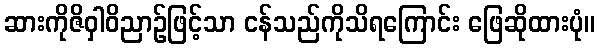
ဆားကိုဇိဝှါဝိညာဉ်ဖြင့်သာ ငန်သည်ကိုသိရကြောင်း ဖြေဆိုထားပုံ။